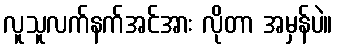
လူသူလက်နက်အင်အား လိုတာ အမှန်ပဲ။